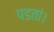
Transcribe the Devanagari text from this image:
पडतां।